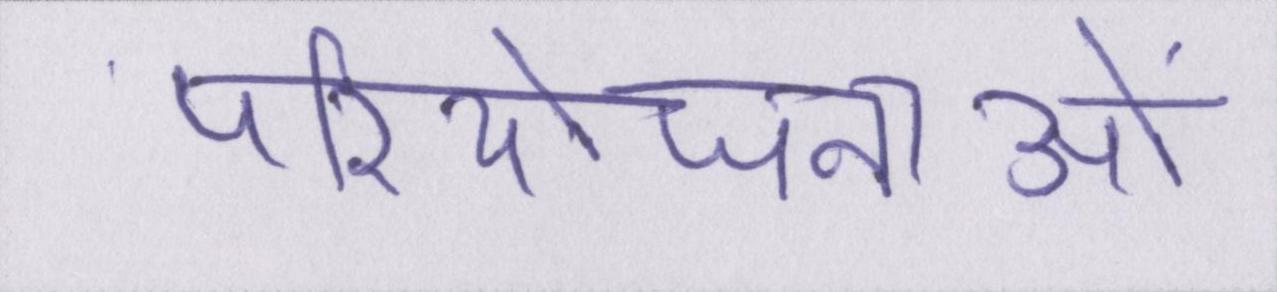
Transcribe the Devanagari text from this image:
परियोजनाओं